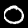
Digit: 0